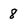
Character: 8